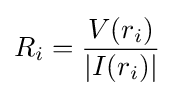
R_{i}={\frac {V(r_{i})}{|I(r_{i})|}}